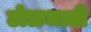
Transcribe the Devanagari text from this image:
टोळधाडी